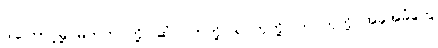
ဒါကြောင့်မို့ မိတ်ကပ်တို့၊ ဆံပင်တုတို့၊ ရင်တုတို့၊ တင်တုတို့ အခုအခံတွေ